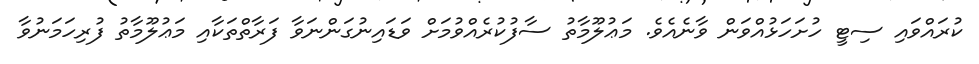
ކުރައްވައި ސިޓީ ހުށަހަޅުއްވަން ވާނެއެވެ. މަޢުލޫމާތު ސާފުކުރެއްވުމަށް ވަޑައިނުގަންނަވާ ފަރާތްތަކާއި މަޢުލޫމާތު ފުރިހަމަނުވާ